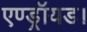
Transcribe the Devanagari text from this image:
एण्ड्रॉयड।